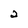
Character: 2